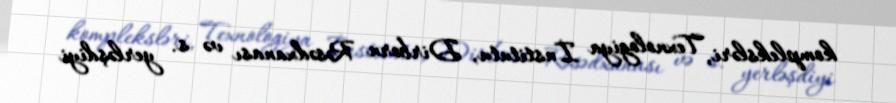
kompleksləri, Texnologiya İnstitutu, Dirborn Rəsədxanası və s. yerləşdiyi